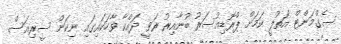
ސެގްމަންޓް އަތުލީ ކަމަށް ޕްރޮޑިއުސަރު ބުނާއިރު ރަވީ ދައްކާ ވާހަކައިގައި ނިކަން ސީރިއަސް